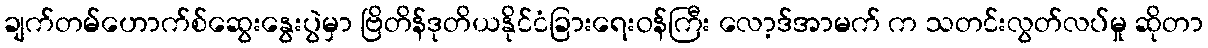
ချက်တမ်ဟောက်စ်ဆွေးနွေးပွဲမှာ ဗြိတိန်ဒုတိယနိုင်ငံခြားရေးဝန်ကြီး လော့ဒ်အာမက် က သတင်းလွတ်လပ်မှု ဆိုတာ